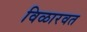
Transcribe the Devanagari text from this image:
विळारवत